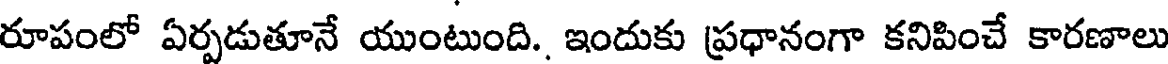
రూపంలో ఏర్పడుతూనే యుంటుంది. ఇందుకు ప్రధానంగా కనిపించే కారణాలు